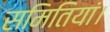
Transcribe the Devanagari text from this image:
समितियां।